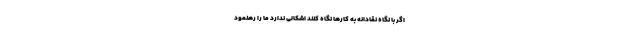
اگر با نگاه نقادانه به کارها نگاه کنند اشکالی ندارد ما را رهنمود